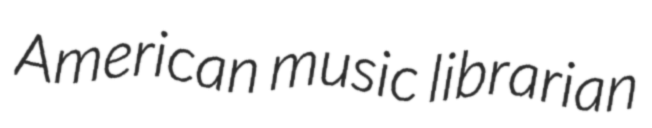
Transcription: American music librarian